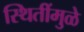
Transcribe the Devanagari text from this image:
स्थितींमुळे